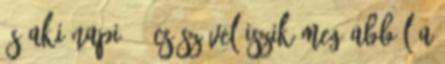
és aki napi 25 csészével iszik meg abból a